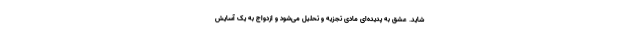
شاید. عشق به پدیده‌ای مادی تجزیه و تحلیل می‌شود و ازدواج به یک آسایش